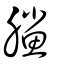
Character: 鰧